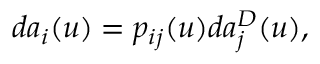
d a _ { i } ( u ) = p _ { i j } ( u ) d a _ { j } ^ { D } ( u ) ,